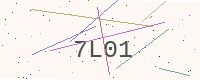
Text: 7L01